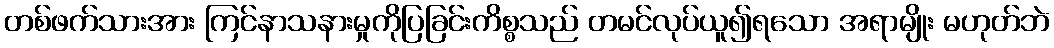
တစ်ဖက်သားအား ကြင်နာသနားမှုကိုပြခြင်းကိစ္စသည် တမင်လုပ်ယူ၍ရသော အရာမျိုး မဟုတ်ဘဲ